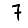
Digit: 7